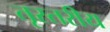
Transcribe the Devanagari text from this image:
तृस्तरीय